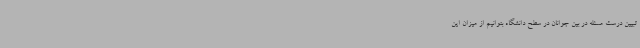
تبیین درست مسئله در بین جوانان در سطح دانشگاه بتوانیم از میزان این